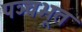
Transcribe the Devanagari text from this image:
पञ्चभूत